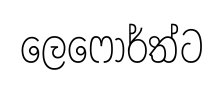
ලෙෆොර්ත්ට